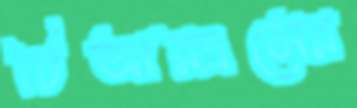
টিআরএসের